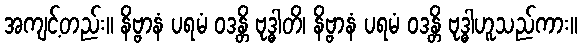
အကျင့်တည်း။ နိဗ္ဗာနံ ပရမံ ဝဒန္တိ ဗုဒ္ဓါတိ၊ နိဗ္ဗာနံ ပရမံ ဝဒန္တိ ဗုဒ္ဓါဟူသည်ကား။